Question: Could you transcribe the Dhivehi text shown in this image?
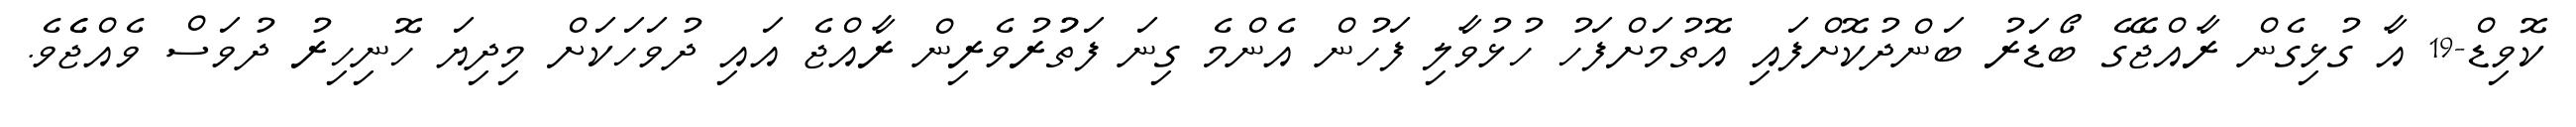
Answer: ކޮވިޑް-19 އާ ގުޅިގެން ރާއްޖޭގެ ބޯޑަރު ބަންދުކޮށްފައި އޮތުމަށްފަހު ހުޅުވާލި ފަހުން އެންމެ ގިނަ ފަތުުރުވެރިން ރާއްޖެ އައި ދުވަހަކަށް މިދިޔަ ހޮނިހިރު ދުވަސް ވެއްޖެެވެ.